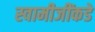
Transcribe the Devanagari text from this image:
स्वामीजींकडे